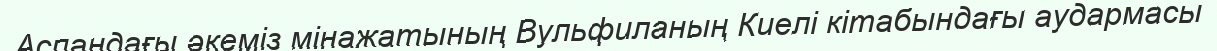
Аспандағы әкеміз мінажатының Вульфиланың Киелі кітабындағы аудармасы